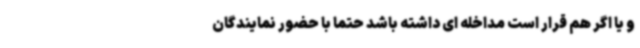
و یا اگر هم قرار است مداخله ای داشته باشد حتما با حضور نمایندگان